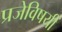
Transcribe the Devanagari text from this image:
प्रजेविषयीं